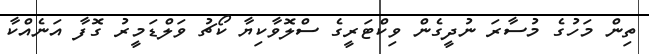
ތިން މަހުގެ މުސާރަ ނުދީގެން ވިކްޓަރީގެ ސްލޮވާކިޔާ ކޯޗު ވަލްޑަމީރު ގޮފާ އަނެއްކާ